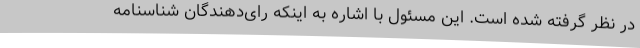
در نظر گرفته شده است. این مسئول با اشاره به اینکه رای‌دهندگان شناسنامه